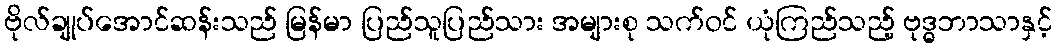
ဗိုလ်ချုပ်အောင်ဆန်းသည် မြန်မာ ပြည်သူပြည်သား အများစု သက်ဝင် ယုံကြည်သည့် ဗုဒ္ဓဘာသာနှင့်